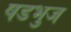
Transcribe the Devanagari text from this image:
षडभुज